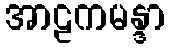
အာဠကမန္ဒာ